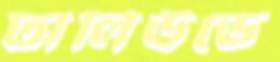
ঢালিউডে